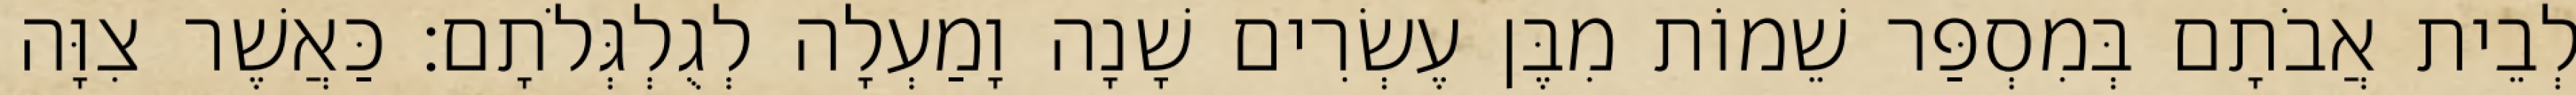
לְבֵית אֲבֹתָם בְּמִסְפַּר שֵׁמוֹת מִבֶּן עֶשְׂרִים שָׁנָה וָמַעְלָה לְגֻלְגְּלֹתָם׃ כַּאֲשֶׁר צִוָּה